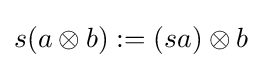
s(a\otimes b):=(sa)\otimes b